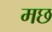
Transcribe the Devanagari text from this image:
मछ